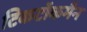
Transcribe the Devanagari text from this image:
टिकटॉकमैन